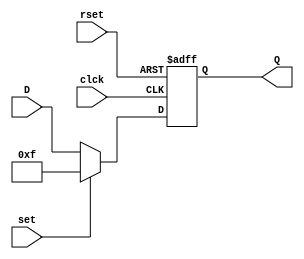
//UVG Lab 6 
//Carlos Cuellar 19275

module FFDEj5(input wire clck, rset, set, 
			  input wire [3:0] D, 
			  output reg [3:0] Q);
always @ (posedge clck or posedge rset) begin
	if (rset)begin 
		Q <= 4'b0;
	end
	else if (set) begin
		Q <= 4'b1111;/* code */
	end
	else
		Q <= D;
	end

endmodule